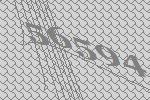
56594